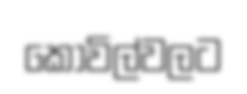
කෝවිල්වලට